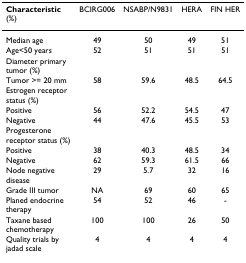
<table><thead><tr><td><b>Characteristic (%)</b></td><td><b>BCIRG006</b></td><td><b>NSABP/N9831</b></td><td><b>HERA</b></td><td><b>FIN HER</b></td></tr></thead><tbody><tr><td>Median age</td><td>49</td><td>50</td><td>49</td><td>51</td></tr><tr><td>Age&lt;50 years</td><td>52</td><td>51</td><td>51</td><td>51</td></tr><tr><td>Diameter primary tumor (%)</td><td></td><td></td><td></td><td></td></tr><tr><td>Tumor &gt;= 20 mm</td><td>58</td><td>59.6</td><td>48.5</td><td>64.5</td></tr><tr><td>Estrogen receptor status (%)</td><td></td><td></td><td></td><td></td></tr><tr><td>Positive</td><td>56</td><td>52.2</td><td>54.5</td><td>47</td></tr><tr><td>Negative</td><td>44</td><td>47.6</td><td>45.5</td><td>53</td></tr><tr><td>Progesterone receptor status (%)</td><td></td><td></td><td></td><td></td></tr><tr><td>Positive</td><td>38</td><td>40.3</td><td>48.5</td><td>34</td></tr><tr><td>Negative</td><td>62</td><td>59.3</td><td>61.5</td><td>66</td></tr><tr><td>Node negative disease</td><td>29</td><td>5.7</td><td>32</td><td>16</td></tr><tr><td>Grade III tumor</td><td>NA</td><td>69</td><td>60</td><td>65</td></tr><tr><td>Planed endocrine therapy</td><td>54</td><td>52</td><td>46</td><td>-</td></tr><tr><td>Taxane based chemotherapy</td><td>100</td><td>100</td><td>26</td><td>50</td></tr><tr><td>Quality trials by jadad scale</td><td>4</td><td>4</td><td>4</td><td>4</td></tr></tbody></table>